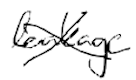
Text: leakage
Cross-out: cross
Writing tool: digital_black